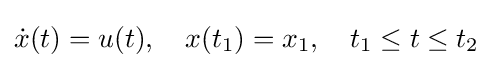
{\dot {x}}(t)=u(t),\quad x(t_{1})=x_{1},\quad t_{1}\leq t\leq t_{2}